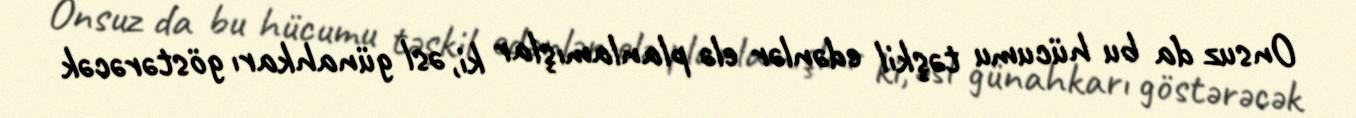
Onsuz da bu hücumu təşkil edənlər elə planlamışlar ki, əsl günahkarı göstərəcək